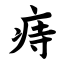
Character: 痔